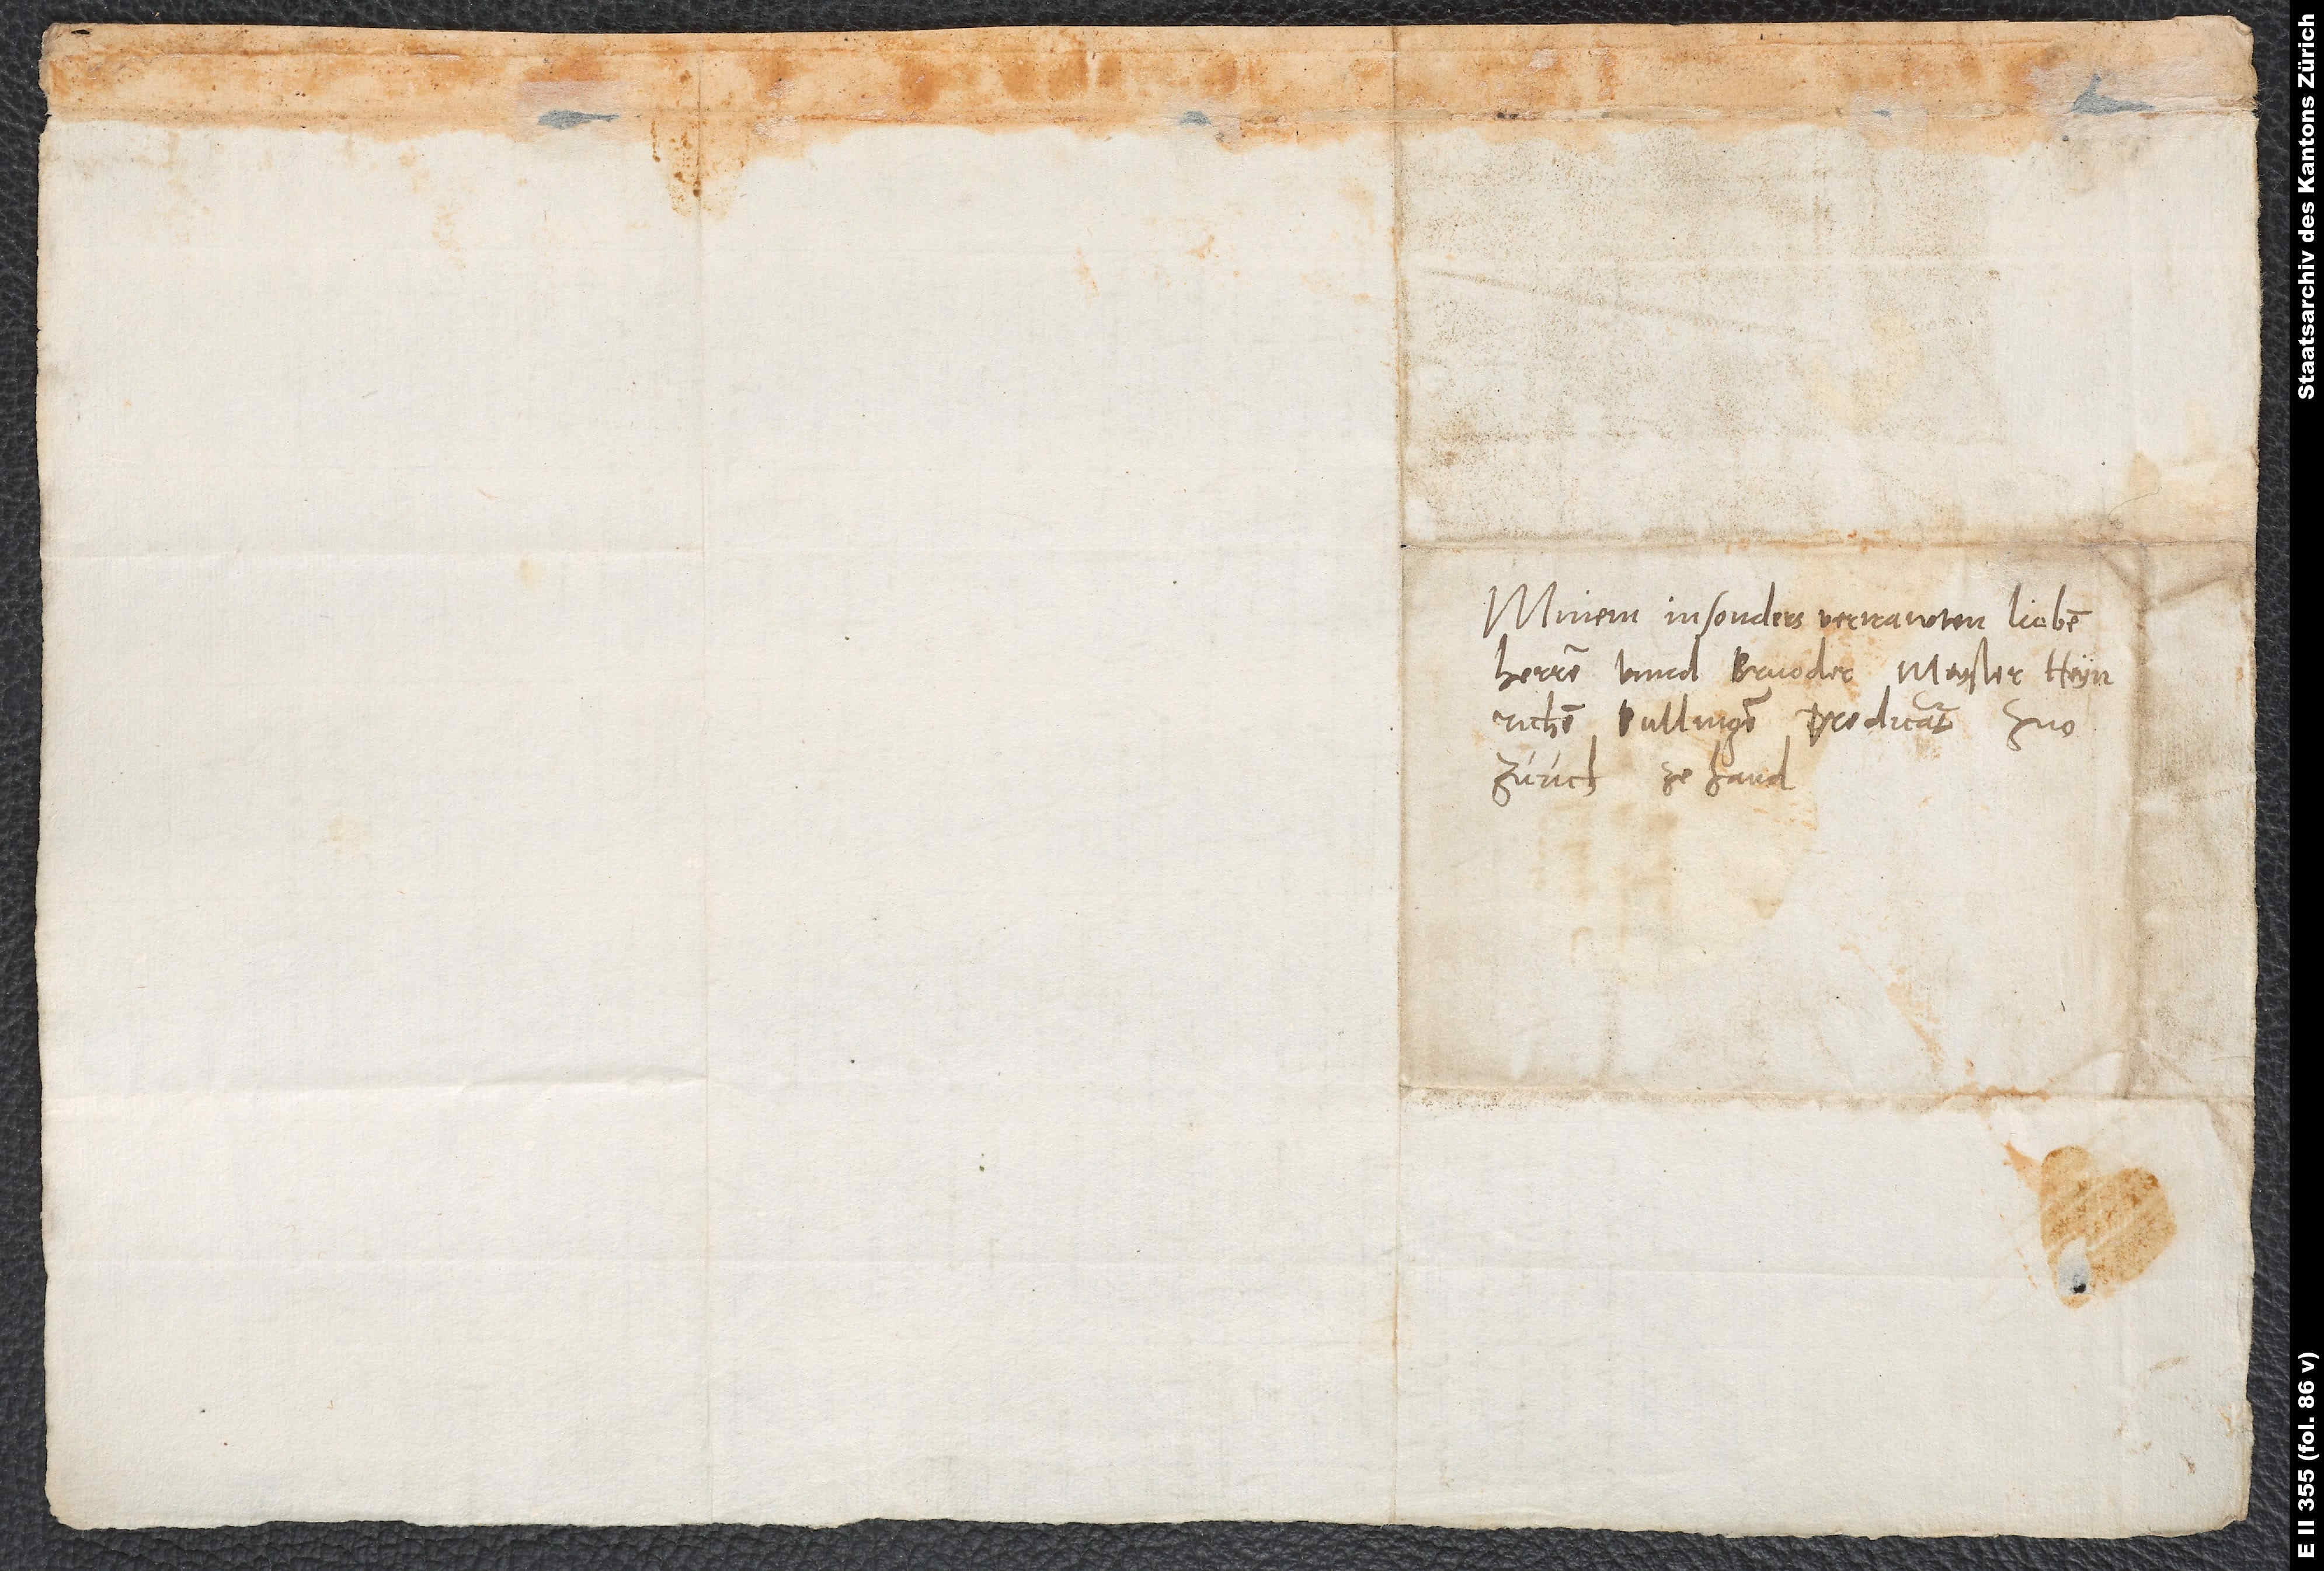
Minem insonders vertrawten, lieben
herren unnd bruoder, Meyster Heynrichen
Bullinger, predicant zuo
Zurich, ze hand.